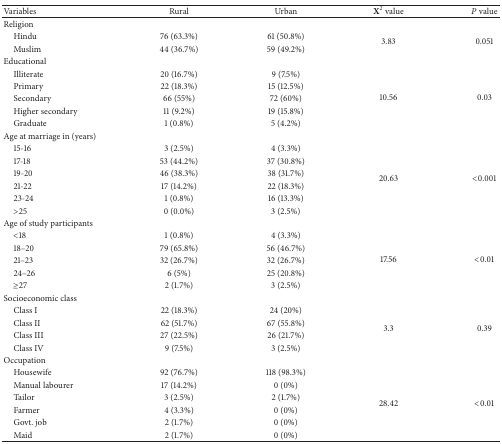
| Variables | Rural | Urban | X2 value | P value |
 | --- | --- | --- | --- | --- |
 | Religion |  |  |  |  |
 | Hindu | 76 (63.3%) | 61 (50.8%) | <ROWSPAN=2> 3.83 | <ROWSPAN=2> 0.051 |
 | Muslim | 44 (36.7%) | 59 (49.2%) |
 | Educational |  |  |  |  |
 | Illiterate | 20 (16.7%) | 9 (7.5%) | <ROWSPAN=5> 10.56 | <ROWSPAN=5> 0.03 |
 | Primary | 22 (18.3%) | 15 (12.5%) |
 | Secondary | 66 (55%) | 72 (60%) |
 | Higher secondary | 11 (9.2%) | 19 (15.8%) |
 | Graduate | 1 (0.8%) | 5 (4.2%) |
 | Age at marriage in (years) |  |  |  |  |
 | 15-16 | 3 (2.5%) | 4 (3.3%) | <ROWSPAN=6> 20.63 | <ROWSPAN=6> <0.001 |
 | 17-18 | 53 (44.2%) | 37 (30.8%) |
 | 19-20 | 46 (38.3%) | 38 (31.7%) |
 | 21-22 | 17 (14.2%) | 22 (18.3%) |
 | 23-24 | 1 (0.8%) | 16 (13.3%) |
 | >25 | 0 (0.0%) | 3 (2.5%) |
 | Age of study participants |  |  |  |  |
 | <18 | 1 (0.8%) | 4 (3.3%) | <ROWSPAN=5> 17.56 | <ROWSPAN=5> <0.01 |
 | 18–20 | 79 (65.8%) | 56 (46.7%) |
 | 21–23 | 32 (26.7%) | 32 (26.7%) |
 | 24–26 | 6 (5%) | 25 (20.8%) |
 | ≥27 | 2 (1.7%) | 3 (2.5%) |
 | Socioeconomic class |  |  |  |  |
 | Class I | 22 (18.3%) | 24 (20%) | <ROWSPAN=4> 3.3 | <ROWSPAN=4> 0.39 |
 | Class II | 62 (51.7%) | 67 (55.8%) |
 | Class III | 27 (22.5%) | 26 (21.7%) |
 | Class IV | 9 (7.5%) | 3 (2.5%) |
 | Occupation |  |  |  |  |
 | Housewife | 92 (76.7%) | 118 (98.3%) | <ROWSPAN=6> 28.42 | <ROWSPAN=6> <0.01 |
 | Manual labourer | 17 (14.2%) | 0 (0%) |
 | Tailor | 3 (2.5%) | 2 (1.7%) |
 | Farmer | 4 (3.3%) | 0 (0%) |
 | Govt. job | 2 (1.7%) | 0 (0%) |
 | Maid | 2 (1.7%) | 0 (0%) |